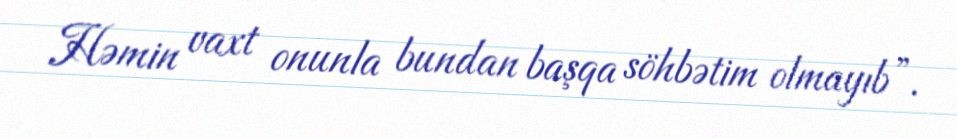
Həmin vaxt onunla bundan başqa söhbətim olmayıb”.